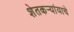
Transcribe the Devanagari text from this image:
शेतकर्‍यांयाचे